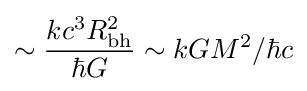
\sim {\frac {kc^{3}R_{\text{bh}}^{2}}{\hbar G}}\sim {kGM^{2}}/{\hbar c}